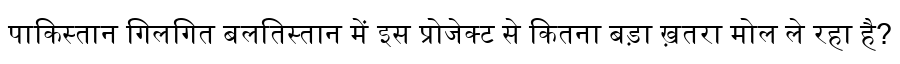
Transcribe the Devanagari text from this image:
पाकिस्तान गिलगित बलतिस्तान में इस प्रोजेक्ट से कितना बड़ा ख़तरा मोल ले रहा है?